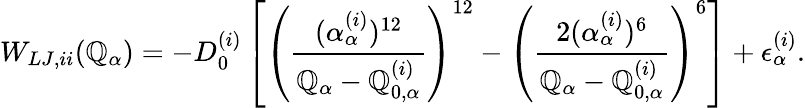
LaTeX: W_{LJ,ii}(\mathbb{Q}_{\alpha})=-D_{0}^{(i)}\left[\left(\frac{{(\alpha_{\alpha}^{(i)})^{12}}}{{\mathbb{Q}_{\alpha}-\mathbb{Q}_{0,\alpha}^{(i)}}}\right)^{12}-\left(\frac{{2(\alpha_{\alpha}^{(i)})^{6}}}{{\mathbb{Q}_{\alpha}-\mathbb{Q}_{0,\alpha}^{(i)}}}\right)^{6}\right]+\epsilon_{\alpha}^{(i)}.